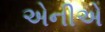
એનીએ